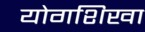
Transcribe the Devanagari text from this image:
योगशिखा